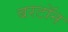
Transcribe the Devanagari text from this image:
बरटॉन